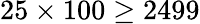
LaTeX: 25\times 100\geq 2499